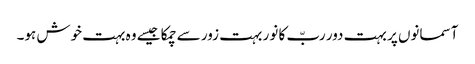
آسمانوں پر بہت دور ربّ کا نور بہت زور سے چمکا جیسے وہ بہت خوش ہو۔